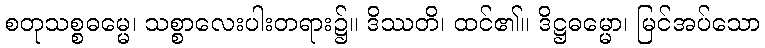
စတုသစ္စဓမ္မေ၊ သစ္စာလေးပါးတရား၌။ ဒိဿတိ၊ ထင်၏။ ဒိဋ္ဌဓမ္မော၊ မြင်အပ်သော